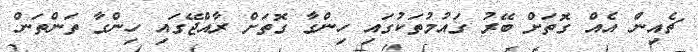
ޗެއިން އެއް ގޮތަށް ބޭރު ގައުމުތަކުގައި ހިންގާ ގޮތަށް ރާއްޖޭގައި ހިންގާ ތަންތަން